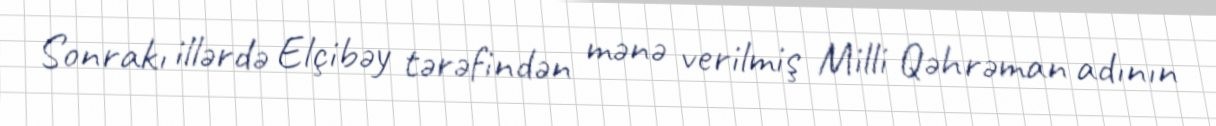
Sonrakı illərdə Elçibəy tərəfindən mənə verilmiş Milli Qəhrəman adının